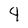
Character: 4